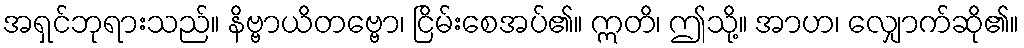
အရှင်ဘုရားသည်။ နိဗ္ဗာယိတဗ္ဗော၊ ငြိမ်းစေအပ်၏။ ဣတိ၊ ဤသို့။ အာဟ၊ လျှောက်ဆို၏။